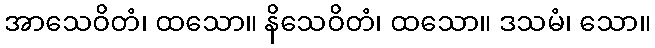
အာသေဝိတံ၊ ထသော။ နိသေဝိတံ၊ ထသော။ ဒသမံ၊ သော။